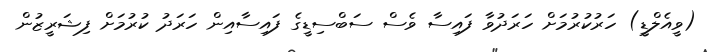
(ވީއެލްޑީ) ހަރުކުރުމަށް ހަރަދުވާ ފައިސާ ވެސް ސަބްސިޑީގެ ފައިސާއިން ހަރަދު ކުރުމަށް ފިޝަރީޒުން